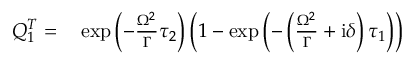
\begin{array} { r l } { Q _ { 1 } ^ { T } = } & { { } \exp \left( - \frac { \Omega ^ { 2 } } { \Gamma } \tau _ { 2 } \right) \left( 1 - \exp \left( - \left( \frac { \Omega ^ { 2 } } { \Gamma } + \mathrm { i } \delta \right) \tau _ { 1 } \right) \right) } \end{array}